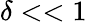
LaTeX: \delta<<1